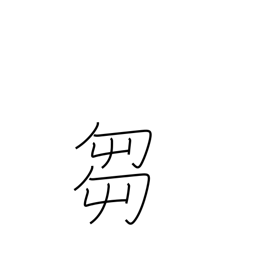
Meaning: grass cutting